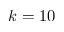
k = 1 0